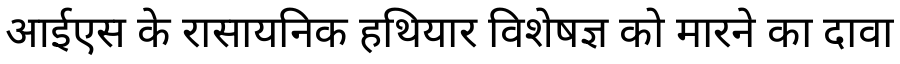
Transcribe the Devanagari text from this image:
आईएस के रासायनिक हथियार विशेषज्ञ को मारने का दावा